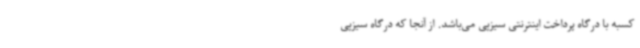
کسبه با درگاه پرداخت اینترنتی سیزپی می‌باشد. از آنجا که درگاه سیزپی